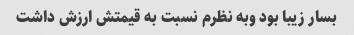
بسار زیبا بود وبه نظرم نسبت به قیمتش ارزش داشت